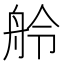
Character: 舲